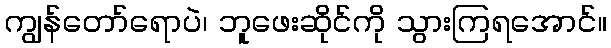
ကျွန်တော်ရောပဲ၊ ဘူဖေးဆိုင်ကို သွားကြရအောင်။